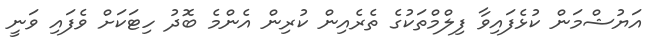
އަޔުޝްމަން ކުޅެފައިވާ ފިލްމްތަކުގެ ތެރެއިން ކުރިން އެންމެ ބޮދު ހިޓަކަށް ވެފައި ވަނީ